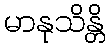
မာနုသိန္တိ